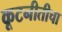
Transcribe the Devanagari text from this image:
कूटनीतीचा